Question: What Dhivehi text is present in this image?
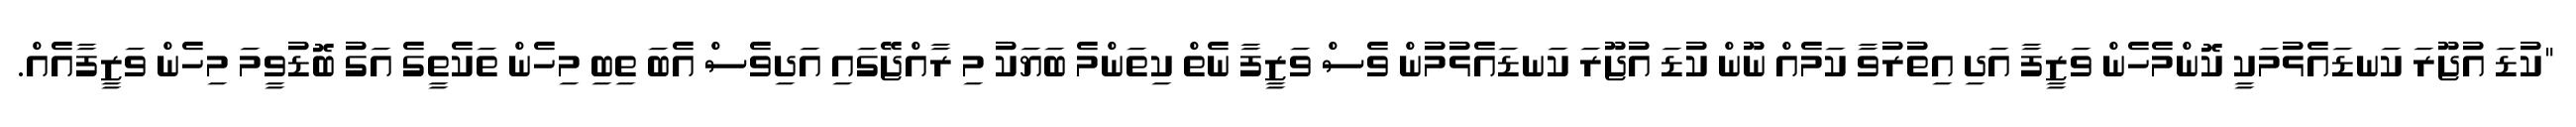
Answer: "ކުޑަ އުޖޫރަ ކަނޑައެޅުމަކީ ކޮންމެހެން ވަޒީފާ އަދި އިތުރުވާ ކަމެއް ނޫން ކުޑަ އުޖޫރަ ކަނޑައެޅުމުން ވެސް ވަޒީފާ ނެތް ކިތަންމެ ބަޔަކު މި ރާއްޖޭގައި އަދިވެސް އެބަ ތިބި މިހެން ތަކެތީގެ އަގު ބޮޑުވީމަ މިހެން ވަޒީފާއެއް.